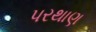
પરથાણ